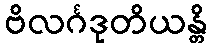
ဗိလင်္ဂဒုတိယန္တိ